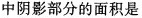
中阴影部分的面积是